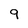
Character: 9